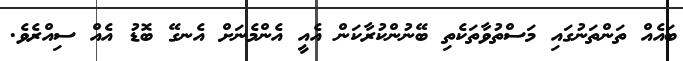
ބައެއް ތަންތަނުގައި މަސްތުވާތަކެތި ބޭނުންކުރާކަން އެއީ އެންމެނަށް އެނގޭ ބޮޑު އެއް ސިއްރެވެ.